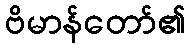
ဗိမာန်တော်၏